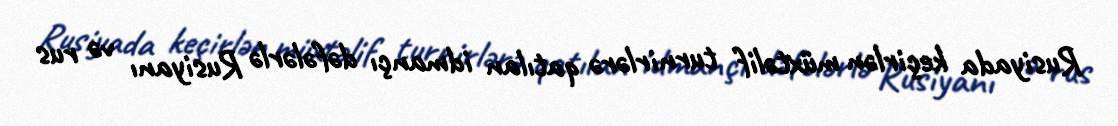
Rusiyada keçirlən müxtəlif turnirlərə qatılan idmançı dəfələrlə Rusiyanı və rus